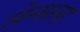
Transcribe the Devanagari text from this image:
लेन्सला